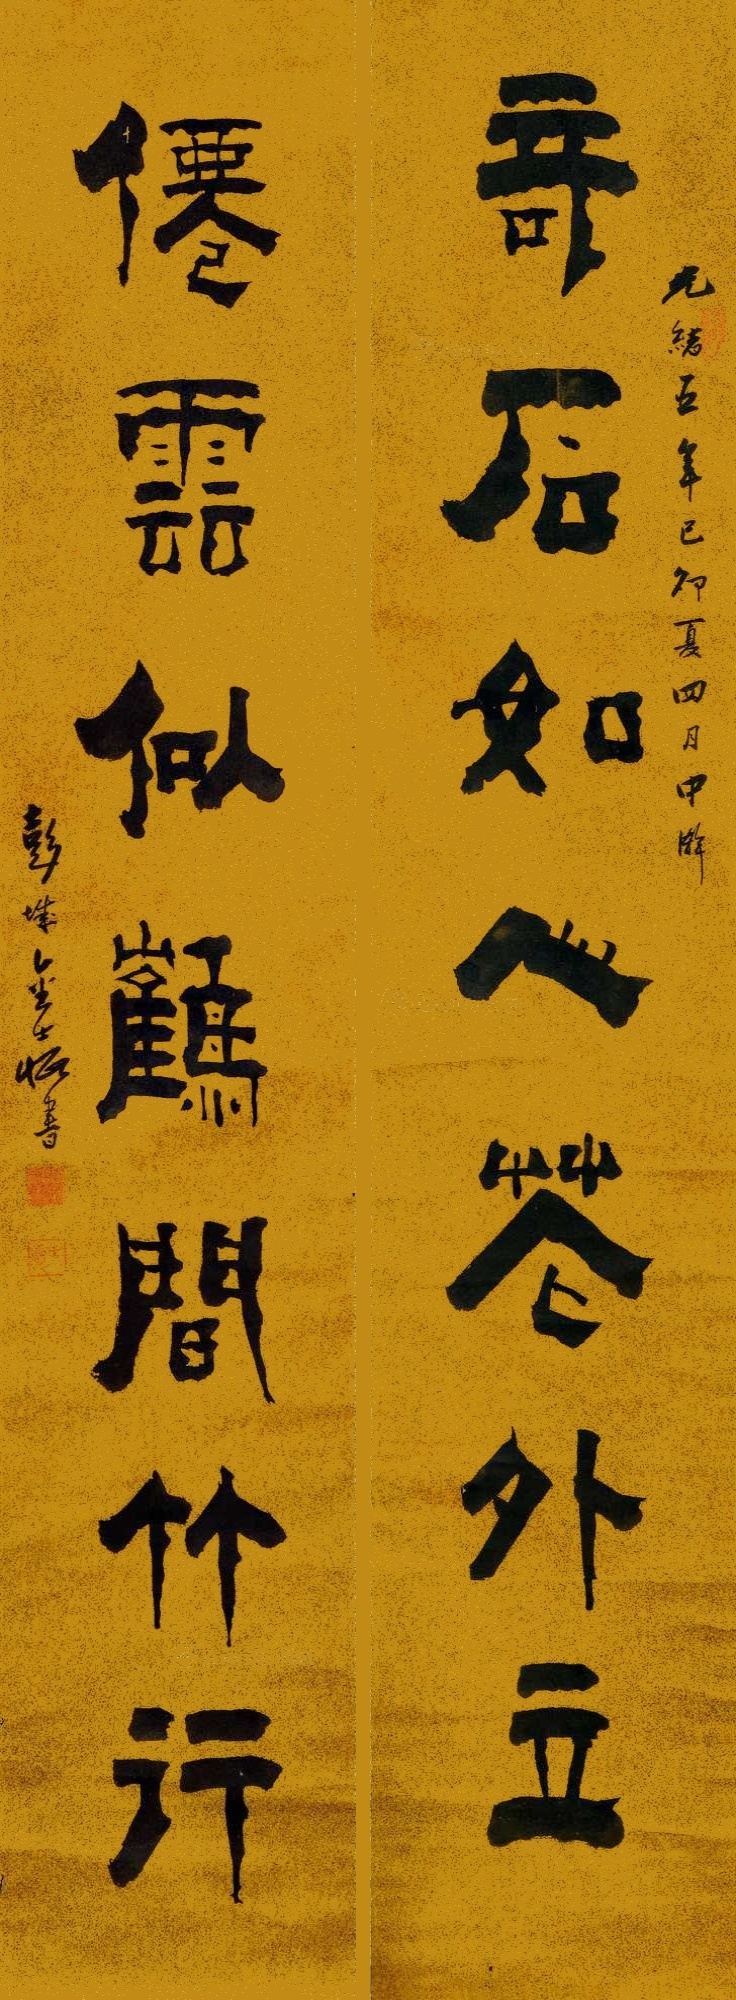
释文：奇石如人花外立，仙云似鹤间竹行。光绪五年己卯夏四月中澣，彭城金士恒书。